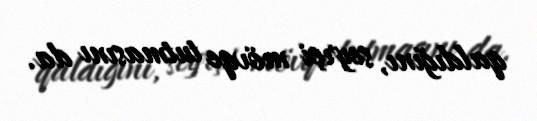
qaldığını, seyrçi mövqe tutmasını da.